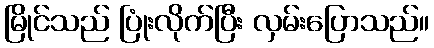
မြိုင်သည် ပြုံးလိုက်ပြီး လှမ်းပြောသည်။